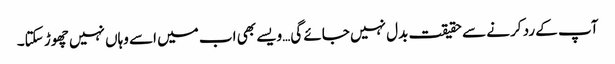
آپ کے رد کرنے سے حقیقت بدل نہیں جائے گی…ویسے بھی اب میں اسے وہاں نہیں چھوڑ سکتا۔